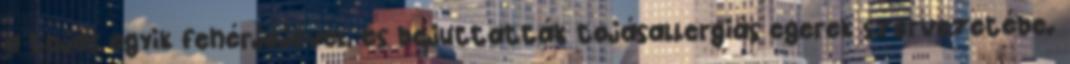
a tojás egyik fehérjéjével, és bejuttatták tojásallergiás egerek szervezetébe.